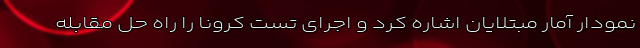
نمودار آمار مبتلایان اشاره کرد و اجرای تست‌ کرونا را راه حل مقابله